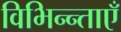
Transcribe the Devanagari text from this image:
विभिन्न्ताएँ